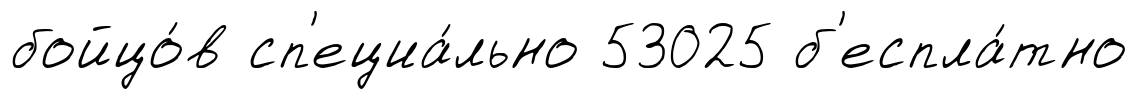
бойцо́в сп'ециа́льно 53025 б'еспла́тно